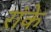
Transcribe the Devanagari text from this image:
रांके